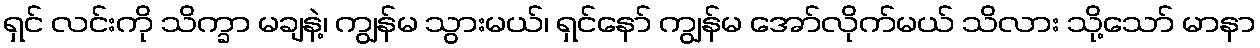
ရှင် လင်းကို သိက္ခာ မချနဲ့၊ ကျွန်မ သွားမယ်၊ ရှင်နော် ကျွန်မ အော်လိုက်မယ် သိလား သို့သော် မာနာ